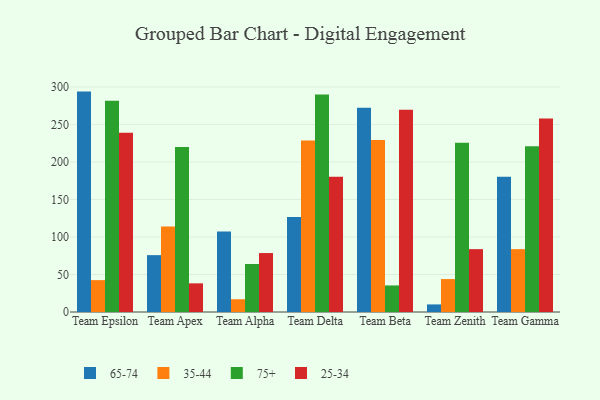
{"axis": {"x": "Team", "y": "Demand Index"}, "legend": ["25-34", "35-44", "65-74", "75+"], "data": [{"x": "Team Epsilon", "y": 293.8, "type": "65-74"}, {"x": "Team Epsilon", "y": 42.5, "type": "35-44"}, {"x": "Team Epsilon", "y": 281.5, "type": "75+"}, {"x": "Team Epsilon", "y": 238.9, "type": "25-34"}, {"x": "Team Apex", "y": 75.8, "type": "65-74"}, {"x": "Team Apex", "y": 114.0, "type": "35-44"}, {"x": "Team Apex", "y": 220.0, "type": "75+"}, {"x": "Team Apex", "y": 38.2, "type": "25-34"}, {"x": "Team Alpha", "y": 107.4, "type": "65-74"}, {"x": "Team Alpha", "y": 17.0, "type": "35-44"}, {"x": "Team Alpha", "y": 64.0, "type": "75+"}, {"x": "Team Alpha", "y": 78.6, "type": "25-34"}, {"x": "Team Delta", "y": 126.5, "type": "65-74"}, {"x": "Team Delta", "y": 228.6, "type": "35-44"}, {"x": "Team Delta", "y": 289.8, "type": "75+"}, {"x": "Team Delta", "y": 180.2, "type": "25-34"}, {"x": "Team Beta", "y": 272.3, "type": "65-74"}, {"x": "Team Beta", "y": 229.2, "type": "35-44"}, {"x": "Team Beta", "y": 35.4, "type": "75+"}, {"x": "Team Beta", "y": 269.5, "type": "25-34"}, {"x": "Team Zenith", "y": 10.1, "type": "65-74"}, {"x": "Team Zenith", "y": 43.9, "type": "35-44"}, {"x": "Team Zenith", "y": 225.7, "type": "75+"}, {"x": "Team Zenith", "y": 83.8, "type": "25-34"}, {"x": "Team Gamma", "y": 180.3, "type": "65-74"}, {"x": "Team Gamma", "y": 83.8, "type": "35-44"}, {"x": "Team Gamma", "y": 221.1, "type": "75+"}, {"x": "Team Gamma", "y": 257.8, "type": "25-34"}]}